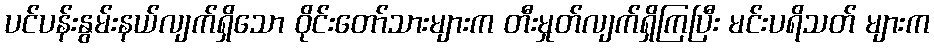
ပင်ပန်းနွမ်းနယ်လျက်ရှိသော ဝိုင်းတော်သားများက တီးမှုတ်လျက်ရှိကြပြီး မင်းပရိသတ် များက